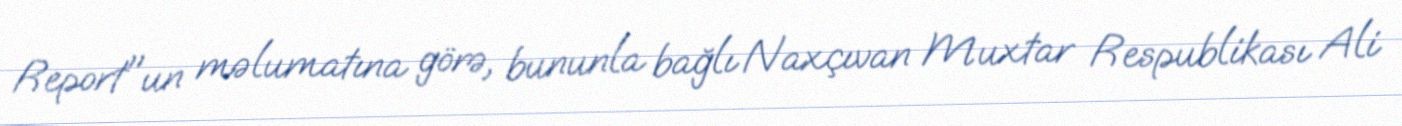
Report"un məlumatına görə, bununla bağlı Naxçıvan Muxtar Respublikası Ali